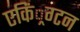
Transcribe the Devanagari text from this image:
एकिं्रग्टन